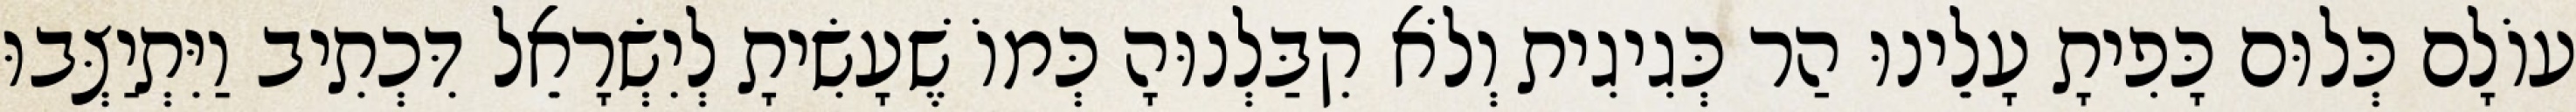
עוֹלָם כְּלוּם כָּפִיתָ עָלֵינוּ הַר כְּגִיגִית וְלֹא קִבַּלְנוּהָ כְּמוֹ שֶׁעָשִׂיתָ לְיִשְׂרָאֵל דִּכְתִיב וַיִּתְיַצְּבוּ